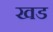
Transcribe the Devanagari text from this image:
खड